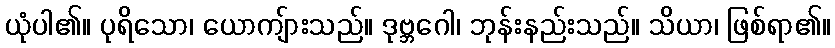
ယုံပါ၏။ ပုရိသော၊ ယောကျ်ားသည်။ ဒုဗ္ဘဂေါ၊ ဘုန်းနည်းသည်။ သိယာ၊ ဖြစ်ရာ၏။